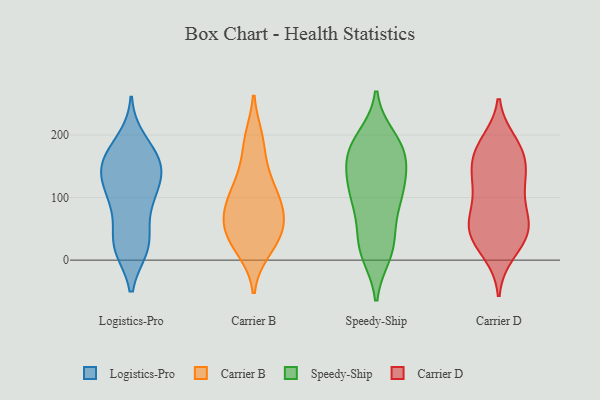
{"axis": {"x": "Population (Million)", "y": "Value"}, "legend": ["Carrier B", "Carrier D", "Logistics-Pro", "Speedy-Ship"], "data": [{"x": "", "y": 39, "type": "Logistics-Pro"}, {"x": "", "y": 21, "type": "Logistics-Pro"}, {"x": "", "y": 139, "type": "Logistics-Pro"}, {"x": "", "y": 159, "type": "Logistics-Pro"}, {"x": "", "y": 20, "type": "Logistics-Pro"}, {"x": "", "y": 162, "type": "Logistics-Pro"}, {"x": "", "y": 111, "type": "Logistics-Pro"}, {"x": "", "y": 25, "type": "Logistics-Pro"}, {"x": "", "y": 177, "type": "Logistics-Pro"}, {"x": "", "y": 129, "type": "Logistics-Pro"}, {"x": "", "y": 98, "type": "Logistics-Pro"}, {"x": "", "y": 144, "type": "Logistics-Pro"}, {"x": "", "y": 159, "type": "Logistics-Pro"}, {"x": "", "y": 20, "type": "Logistics-Pro"}, {"x": "", "y": 141, "type": "Logistics-Pro"}, {"x": "", "y": 92, "type": "Logistics-Pro"}, {"x": "", "y": 87, "type": "Logistics-Pro"}, {"x": "", "y": 191, "type": "Logistics-Pro"}, {"x": "", "y": 56, "type": "Carrier B"}, {"x": "", "y": 32, "type": "Carrier B"}, {"x": "", "y": 91, "type": "Carrier B"}, {"x": "", "y": 27, "type": "Carrier B"}, {"x": "", "y": 55, "type": "Carrier B"}, {"x": "", "y": 193, "type": "Carrier B"}, {"x": "", "y": 188, "type": "Carrier B"}, {"x": "", "y": 17, "type": "Carrier B"}, {"x": "", "y": 87, "type": "Carrier B"}, {"x": "", "y": 132, "type": "Carrier B"}, {"x": "", "y": 50, "type": "Carrier B"}, {"x": "", "y": 100, "type": "Carrier B"}, {"x": "", "y": 79, "type": "Carrier B"}, {"x": "", "y": 130, "type": "Carrier B"}, {"x": "", "y": 114, "type": "Speedy-Ship"}, {"x": "", "y": 83, "type": "Speedy-Ship"}, {"x": "", "y": 106, "type": "Speedy-Ship"}, {"x": "", "y": 98, "type": "Speedy-Ship"}, {"x": "", "y": 181, "type": "Speedy-Ship"}, {"x": "", "y": 16, "type": "Speedy-Ship"}, {"x": "", "y": 161, "type": "Speedy-Ship"}, {"x": "", "y": 189, "type": "Speedy-Ship"}, {"x": "", "y": 17, "type": "Speedy-Ship"}, {"x": "", "y": 168, "type": "Speedy-Ship"}, {"x": "", "y": 157, "type": "Speedy-Ship"}, {"x": "", "y": 123, "type": "Speedy-Ship"}, {"x": "", "y": 102, "type": "Speedy-Ship"}, {"x": "", "y": 195, "type": "Speedy-Ship"}, {"x": "", "y": 180, "type": "Speedy-Ship"}, {"x": "", "y": 146, "type": "Speedy-Ship"}, {"x": "", "y": 27, "type": "Speedy-Ship"}, {"x": "", "y": 10, "type": "Speedy-Ship"}, {"x": "", "y": 49, "type": "Speedy-Ship"}, {"x": "", "y": 43, "type": "Carrier D"}, {"x": "", "y": 60, "type": "Carrier D"}, {"x": "", "y": 175, "type": "Carrier D"}, {"x": "", "y": 154, "type": "Carrier D"}, {"x": "", "y": 107, "type": "Carrier D"}, {"x": "", "y": 174, "type": "Carrier D"}, {"x": "", "y": 120, "type": "Carrier D"}, {"x": "", "y": 26, "type": "Carrier D"}, {"x": "", "y": 13, "type": "Carrier D"}, {"x": "", "y": 128, "type": "Carrier D"}, {"x": "", "y": 43, "type": "Carrier D"}, {"x": "", "y": 187, "type": "Carrier D"}, {"x": "", "y": 65, "type": "Carrier D"}, {"x": "", "y": 172, "type": "Carrier D"}, {"x": "", "y": 129, "type": "Carrier D"}, {"x": "", "y": 66, "type": "Carrier D"}, {"x": "", "y": 51, "type": "Carrier D"}]}